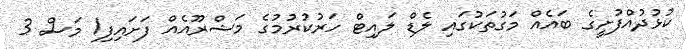
ކުޅުދުއްފުށީގެ ބައެއް މަގުތަކުގައި ލެޑް ލައިޓް ހަރުކުރުމުގެ މަޝްރޫއެއް ފަށައިފި1 މަސް 3